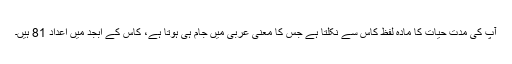
آپ کی مدت حیات کا مادہ لفظ کاس سے نکلتا ہے جس کا معنی عربی میں جام ہی ہوتا ہے، کاس کے ابجد میں اعداد 81 ہیں۔